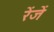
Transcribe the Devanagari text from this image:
रेंजें